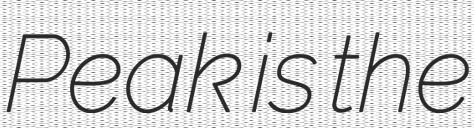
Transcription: Peak is the